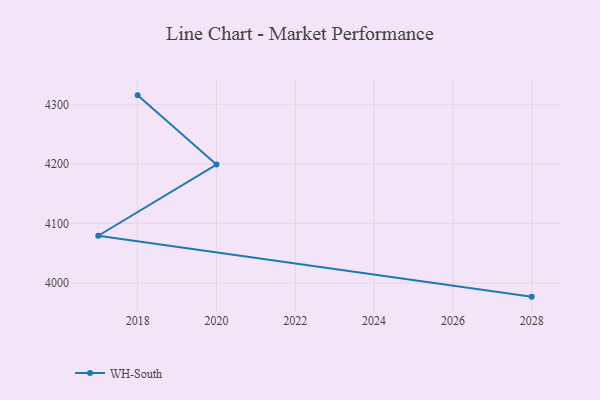
{"axis": {"x": "Year", "y": "Latency (ms)"}, "legend": ["WH-South"], "data": [{"x": "2028", "y": 3977.0, "type": "WH-South"}, {"x": "2017", "y": 4079.3, "type": "WH-South"}, {"x": "2020", "y": 4198.8, "type": "WH-South"}, {"x": "2018", "y": 4315.1, "type": "WH-South"}]}